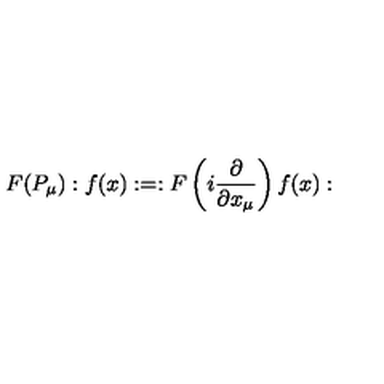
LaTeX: F ( P _ { \mu } ) : f ( x ) : = : F \left( i \frac { \partial } { \partial x _ { \mu } } \right) f ( x ) :